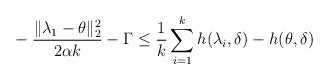
LaTeX: \begin{align*}& - \frac{ \| \lambda_1 - \theta\|_2^2 }{2 \alpha k} - \Gamma \le \frac{1}{k} \sum_{i=1}^k h( \lambda_i,\delta) - h(\theta,\delta) \end{align*}